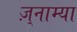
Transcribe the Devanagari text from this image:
ज़्नाम्या